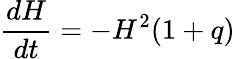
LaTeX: {\frac{dH}{dt}}=-H^{2}(1+q)